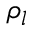
\rho _ { l }